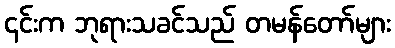
၎င်းက ဘုရားသခင်သည် တမန်တော်များ